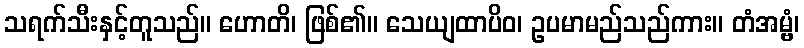
သရက်သီးနှင့်တူသည်။ ဟောတိ၊ ဖြစ်၏။ သေယျထာပိဝ၊ ဥပမာမည်သည်ကား။ တံအမ္ဗံ၊